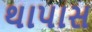
થાપાસ